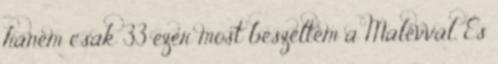
hanem csak 33 ezer most beszéltem a Malévval. És